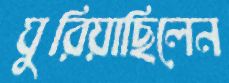
ঘুরিয়াছিলেন